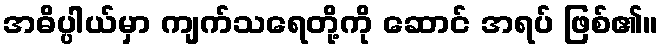
အဓိပ္ပါယ်မှာ ကျက်သရေတို့ကို ဆောင် အရပ် ဖြစ်၏။